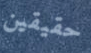
حقيقين